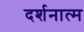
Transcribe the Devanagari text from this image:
दर्शनात्म